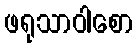
ဖရုသာဝါစော